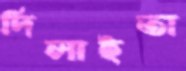
দিলাইতা